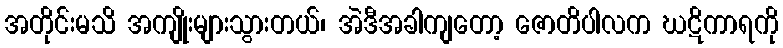
အတိုင်းမသိ အကျိုးများသွားတယ်၊ အဲဒီအခါကျတော့ ဇောတိပါလက ဃဋိကာရကို